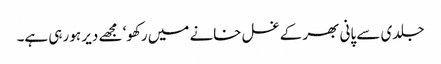
جلدی سے پانی بھر کے غسل خانے میں رکھو‘ مجھے دیر ہو رہی ہے۔